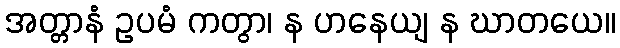
အတ္တာနံ ဥပမံ ကတွာ၊ န ဟနေယျ န ဃာတယေ။